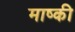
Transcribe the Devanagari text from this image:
माष्की